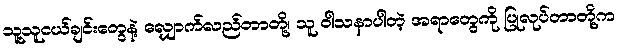
သူ့သူငယ်ချင်းတွေနဲ့ လျှောက်လည်တာတို့၊ သူ ဝါသနာပါတဲ့ အရာတွေကို ပြုလုပ်တာတို့က